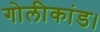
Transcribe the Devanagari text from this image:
गोलीकांड।